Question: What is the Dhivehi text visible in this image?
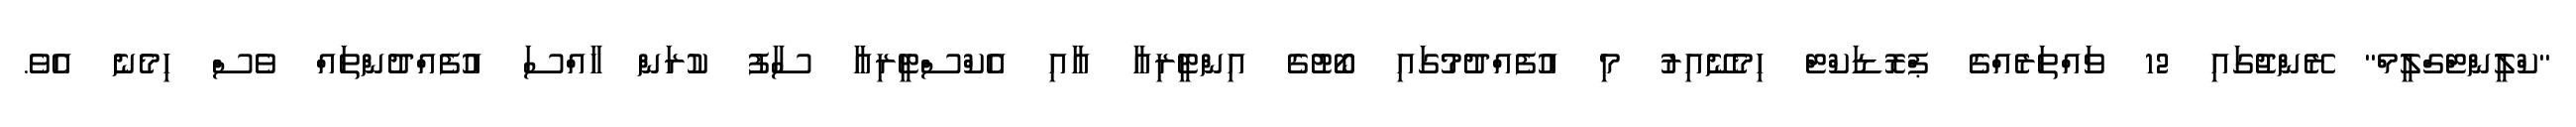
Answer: "ކްލީންޓްގްލީމް" ރޭންޖުގައި 12 ވައްތަރެއްގެ ޕްރޮޑަކްޓް ހިމެނޭއިރު މި އުފެއްދުމުގައި ބޯޓުގެ އިންޓީރިއާ އާއި އެކްސްޓީރިއާ ސާފު ކުރަން ހާއްސަ އުފެއްދުންތައް ވެސް ހިމެނެ އެވެ.